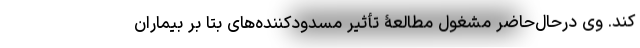
کند. وی درحال‌حاضر مشغول مطالعۀ تأثیر مسدودکننده‌های بتا بر بیماران